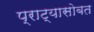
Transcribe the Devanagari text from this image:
प्राट्यासोबत